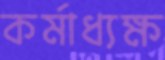
কর্মাধ্যক্ষ